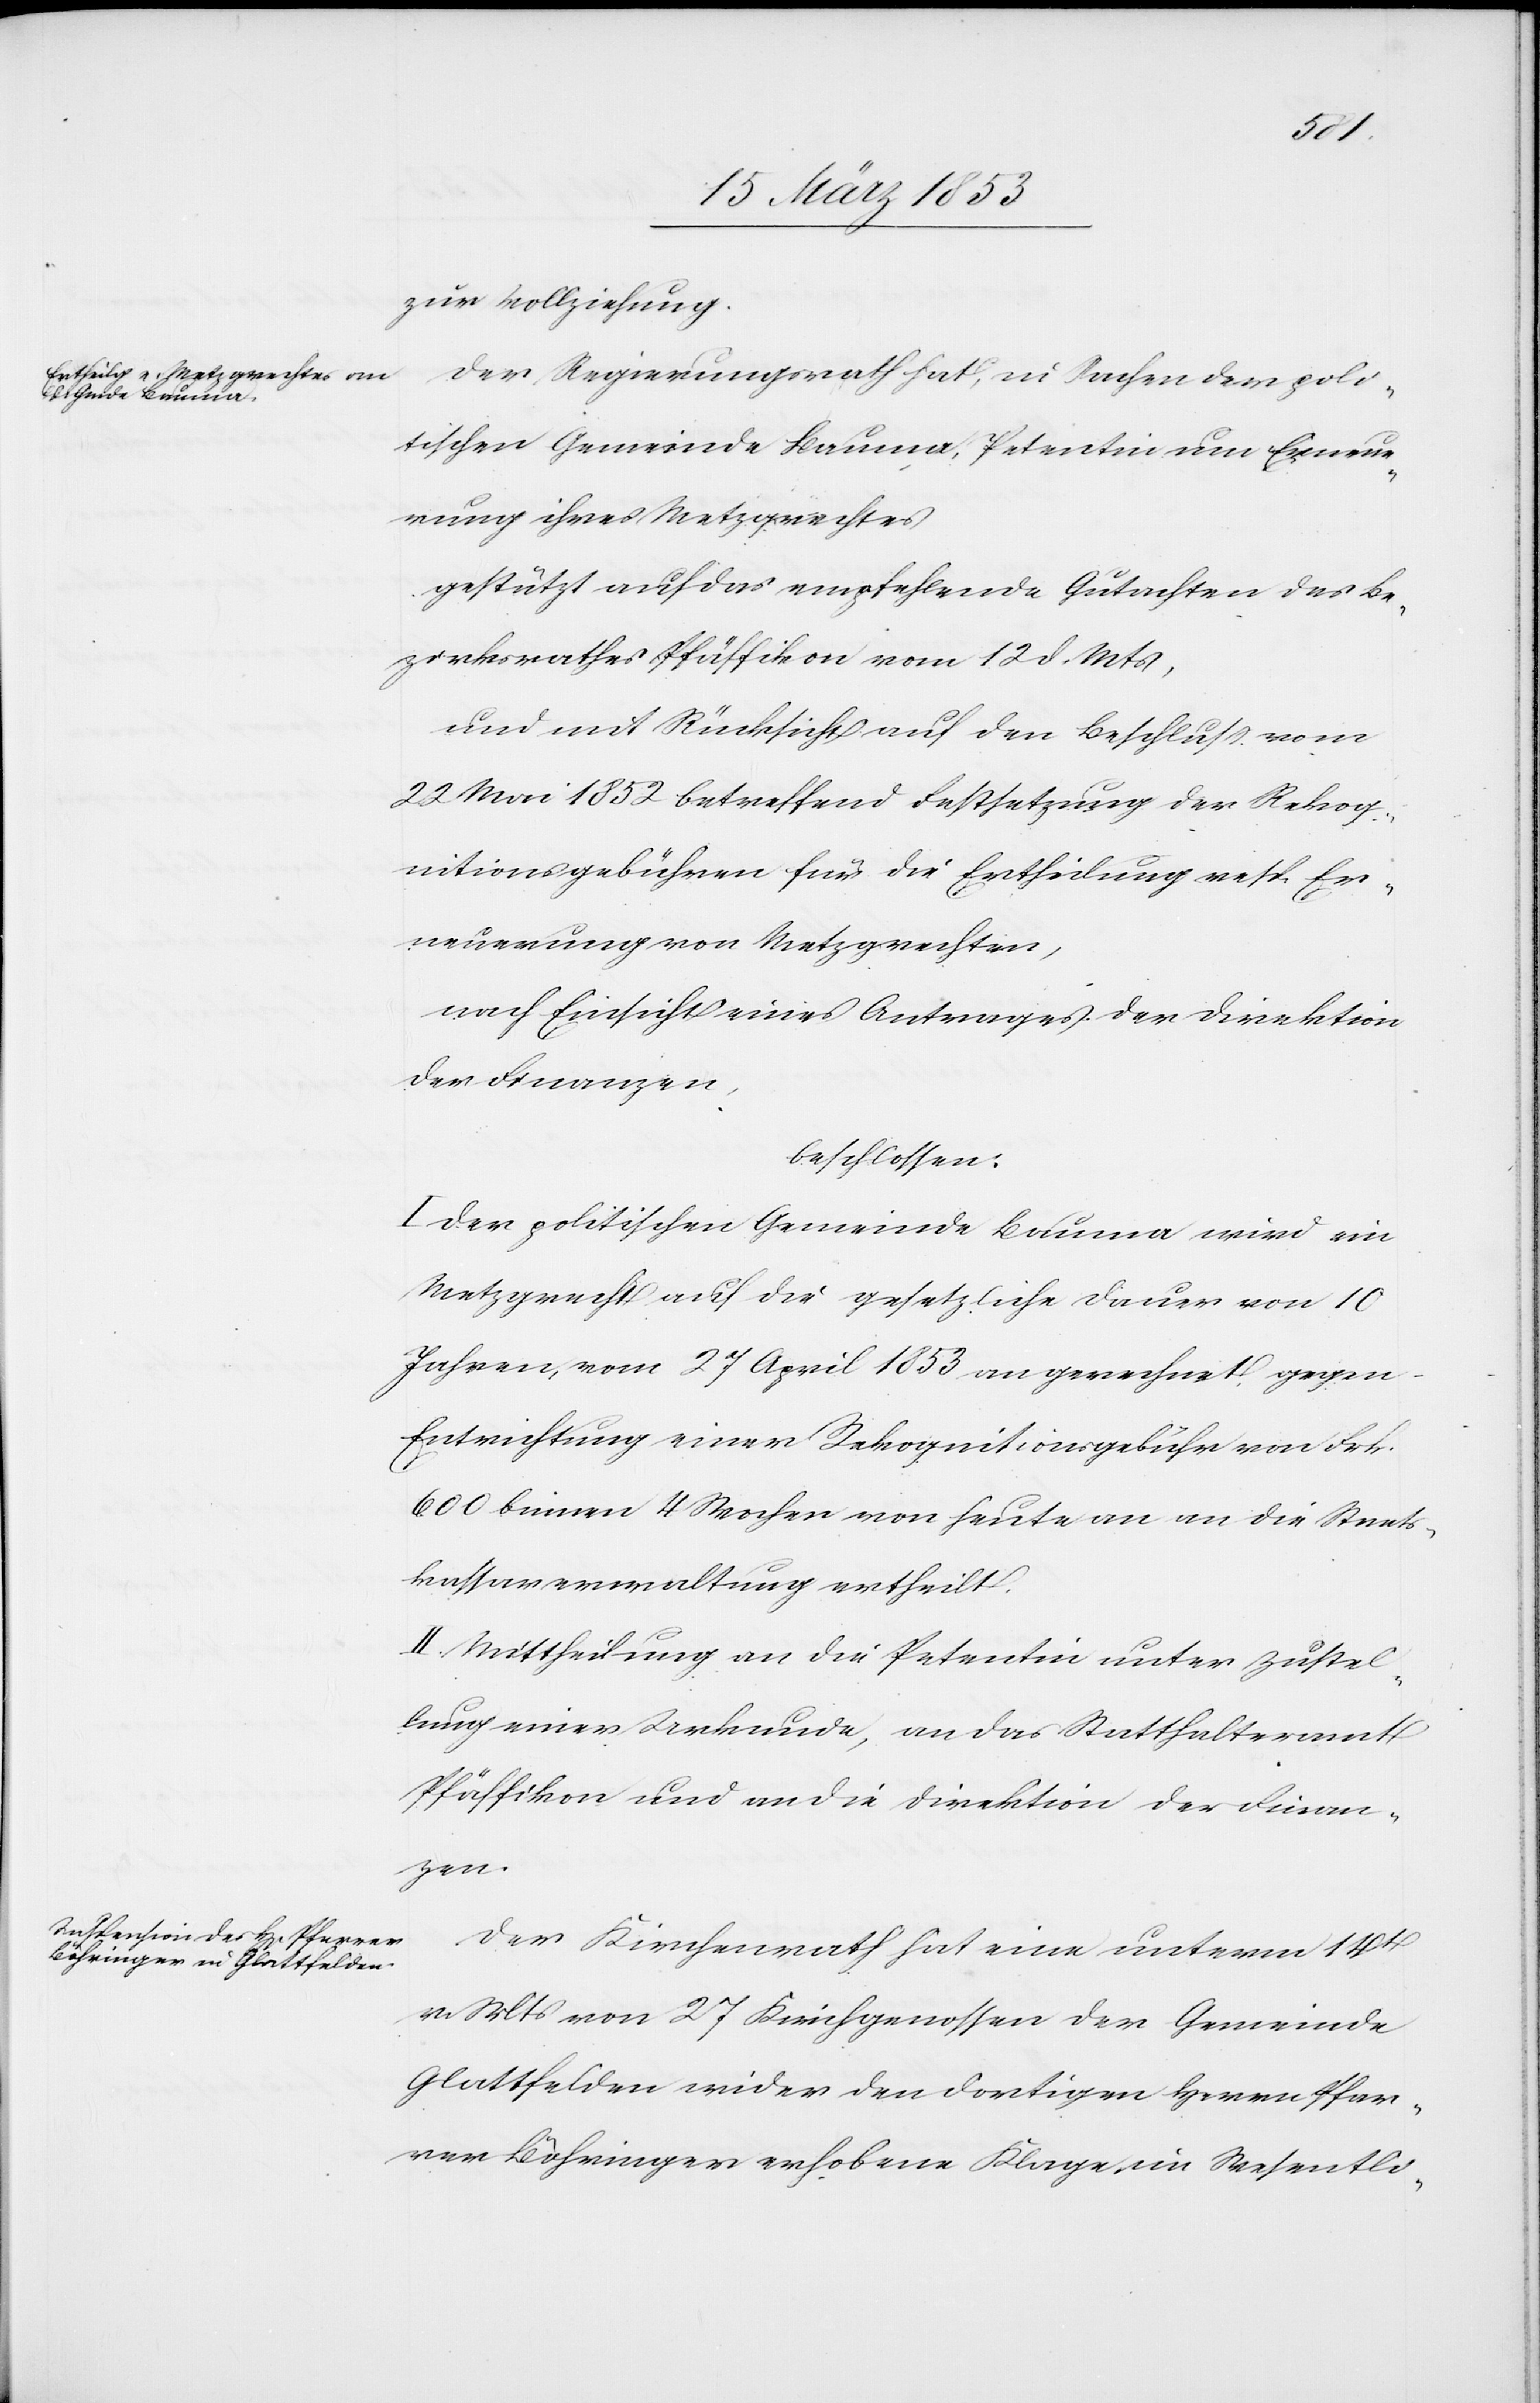
zur Vollziehung.
Der Regierungsrath hat, in Sachen der poli¬
tischen Gemeinde Bauma, Petentin um Erneue¬
rung ihres Metzgrechtes
gestützt auf das empfehlende Gutachten des Be¬
zirksrathes Pfäffikon vom 12 d. Mts.,
und mit Rücksicht auf den Beschluß vom
22 Mai 1852 betreffend Festsetzung der Rekog¬
nitionsgebühren für die Ertheilung resp. Er¬
neuerung von Metzgrechten,
nach Einsicht eines Antrages der Direktion
der Finanzen.
beschlossen:
I. Der politischen Gemeinde Bauma wird ein
Metzgrecht auf die gesetzliche Dauer von 10
Jahren, vom 27 April 1853 an gerechnet gegen
Entrichtung einer Rekognitionsgebühr von Frk.
600 binnen 4 Wochen von heute an an die Staats¬
kassaverwaltung ertheilt.
II. Mittheilung an die Petentin unter Zustel¬
lung einer Urkunde, an das Statthalteramt
Pfäffikon und an die Direktion der Finan¬
zen.
Der Kirchenrath hat eine unterm 14t.
v. Mts. von 27 Kirchgenossen der Gemeinde
Glattfelden wider den dortigen Herrn Pfar¬
rer Böhringer erhobene Klage, im Wesentli-